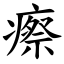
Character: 瘵